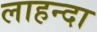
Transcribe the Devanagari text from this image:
लाहन्दा